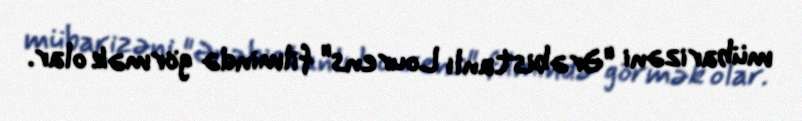
mübarizəni "Ərəbistanlı Lourens" filmində görmək olar.